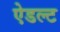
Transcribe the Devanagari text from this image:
ऐडल्ट